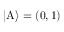
| \mathrm { A } \rangle = ( 0 , 1 )